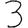
Digit: 3